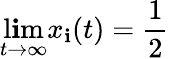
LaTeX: \operatorname*{l\mathbf{i}m}_{t\to\infty}x_{\mathbf{i}}(t)=\frac{{1}}{{2}}